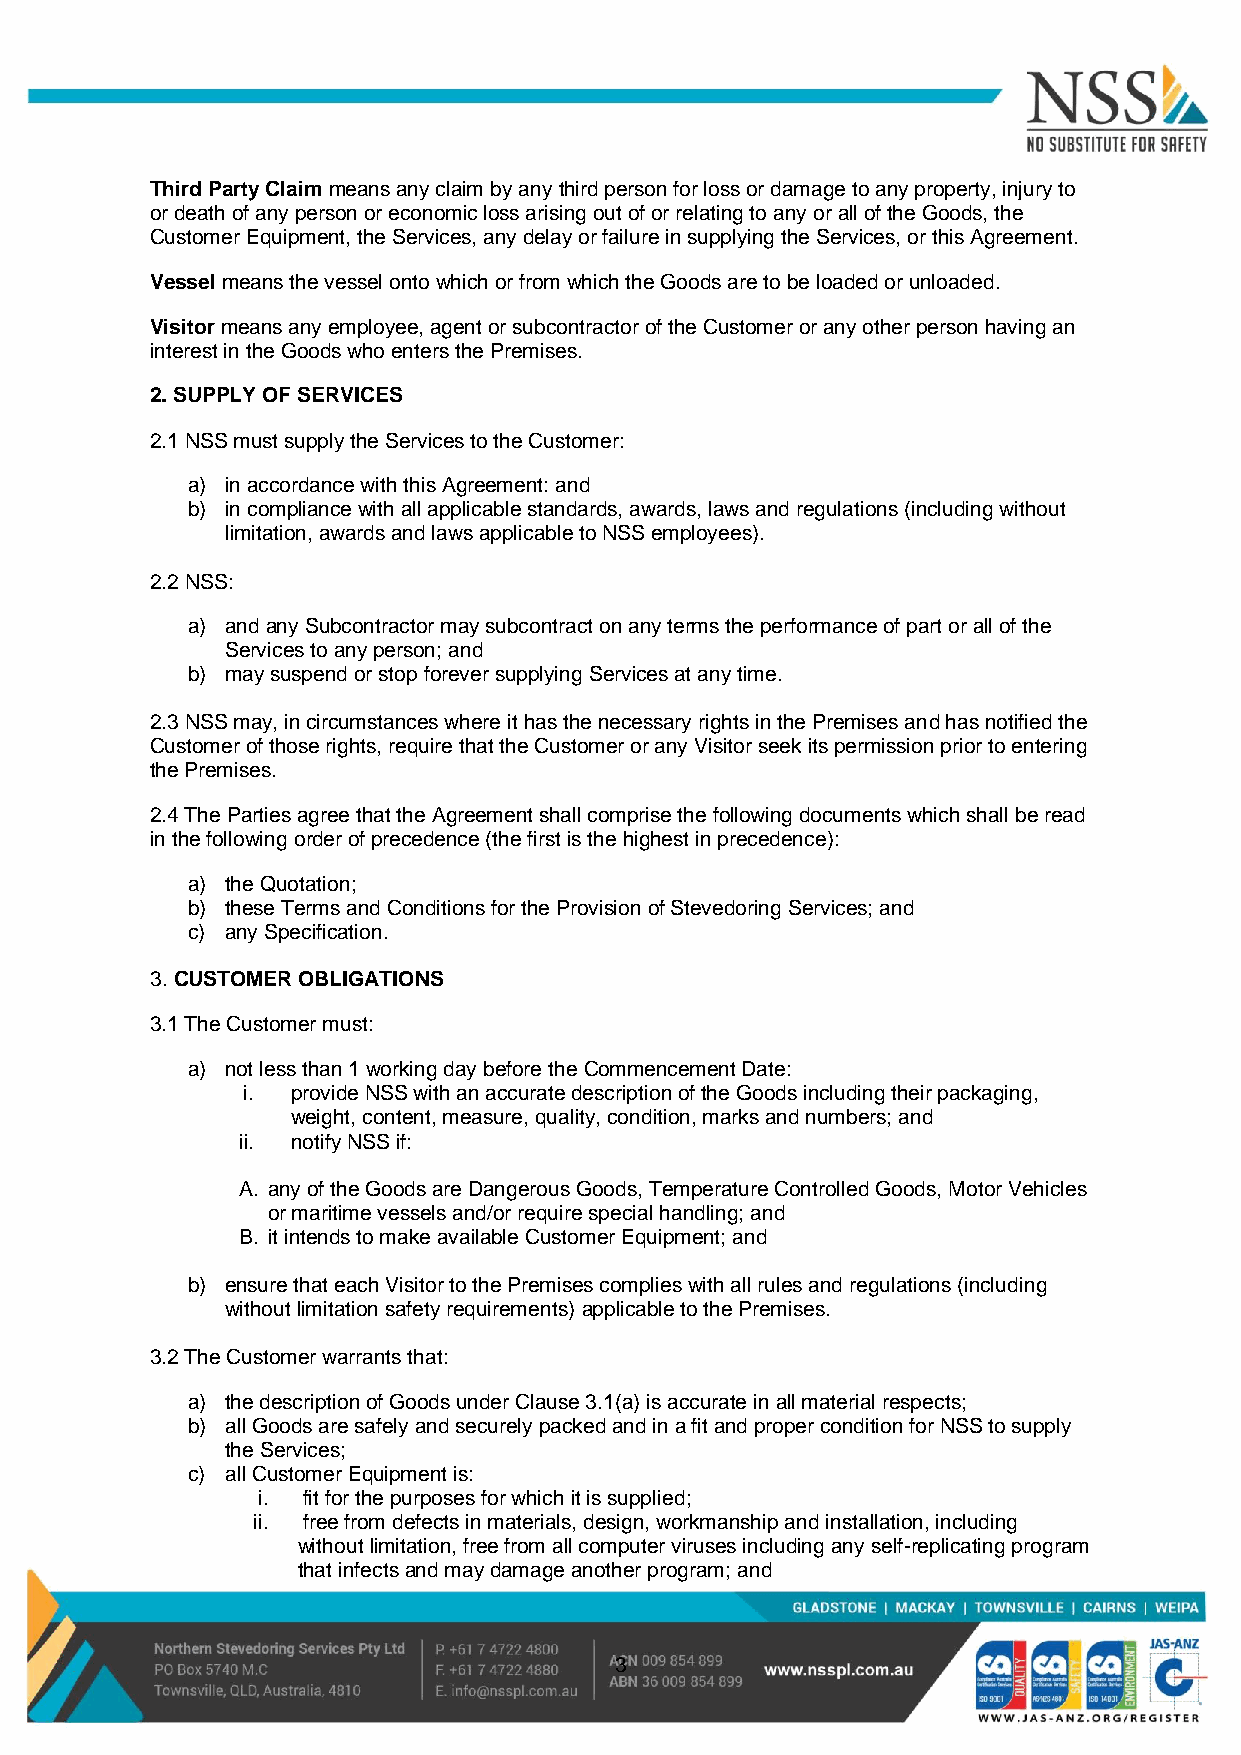
Third Party Claim means any claim by any third person for loss or damage to any property, injury to
 or death of any person or economic loss arising out of or relating to any or all of the Goods, the
 Customer Equipment, the Services, any delay or failure in supplying the Services, or this Agreement.
 Vessel means the vessel onto which or from which the Goods are to be loaded or unloaded.
 Visitor means any employee, agent or subcontractor of the Customer or any other person having an
 interest in the Goods who enters the Premises.
 2. SUPPLY OF SERVICES
 2.1 NSS must supply the Services to the Customer:
 a) in accordance with this Agreement: and
 b) in compliance with all applicable standards, awards, laws and regulations (including without
 limitation, awards and laws applicable to NSS employees).
 2.2 NSS:
 a) and any Subcontractor may subcontract on any terms the performance of part or all of the
 Services to any person; and
 b) may suspend or stop forever supplying Services at any time.
 2.3 NSS may, in circumstances where it has the necessary rights in the Premises and has notified the
 Customer of those rights, require that the Customer or any Visitor seek its permission prior to entering
 the Premises.
 2.4 The Parties agree that the Agreement shall comprise the following documents which shall be read
 in the following order of precedence (the first is the highest in precedence):
 a) the Quotation;
 b) these Terms and Conditions for the Provision of Stevedoring Services; and
 c) any Specification.
 3. CUSTOMER OBLIGATIONS
 3.1 The Customer must:
 a) not less than 1 working day before the Commencement Date:
 i. provide NSS with an accurate description of the Goods including their packaging,
 weight, content, measure, quality, condition, marks and numbers; and
 ii. notify NSS if:
 A. any of the Goods are Dangerous Goods, Temperature Controlled Goods, Motor Vehicles
 or maritime vessels and/or require special handling; and
 B. it intends to make available Customer Equipment; and
 b) ensure that each Visitor to the Premises complies with all rules and regulations (including
 without limitation safety requirements) applicable to the Premises.
 3.2 The Customer warrants that:
 a) the description of Goods under Clause 3.1(a) is accurate in all material respects;
 b) all Goods are safely and securely packed and in a fit and proper condition for NSS to supply
 the Services;
 c) all Customer Equipment is:
 i. fit for the purposes for which it is supplied;
 ii. free from defects in materials, design, workmanship and installation, including
 without limitation, free from all computer viruses including any self-replicating program
 that infects and may damage another program; and
 3